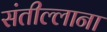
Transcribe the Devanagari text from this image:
संतील्लाना